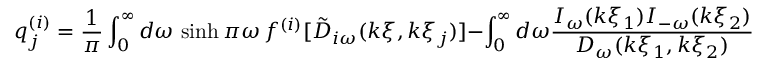
q _ { j } ^ { ( i ) } = \frac { 1 } { \pi } \int _ { 0 } ^ { \infty } d \omega \, \sinh \pi \omega \, f ^ { ( i ) } [ \tilde { D } _ { i \omega } ( k \xi , k \xi _ { j } ) ] - \int _ { 0 } ^ { \infty } d \omega \frac { I _ { \omega } ( k \xi _ { 1 } ) I _ { - \omega } ( k \xi _ { 2 } ) } { D _ { \omega } ( k \xi _ { 1 } , k \xi _ { 2 } ) } \frac { F ^ { ( i ) } [ D _ { \omega } ( k \xi , k \xi _ { j } ) ] } { I _ { \omega } ( k \xi _ { j } ) I _ { - \omega } ( k \xi _ { j } ) } ,